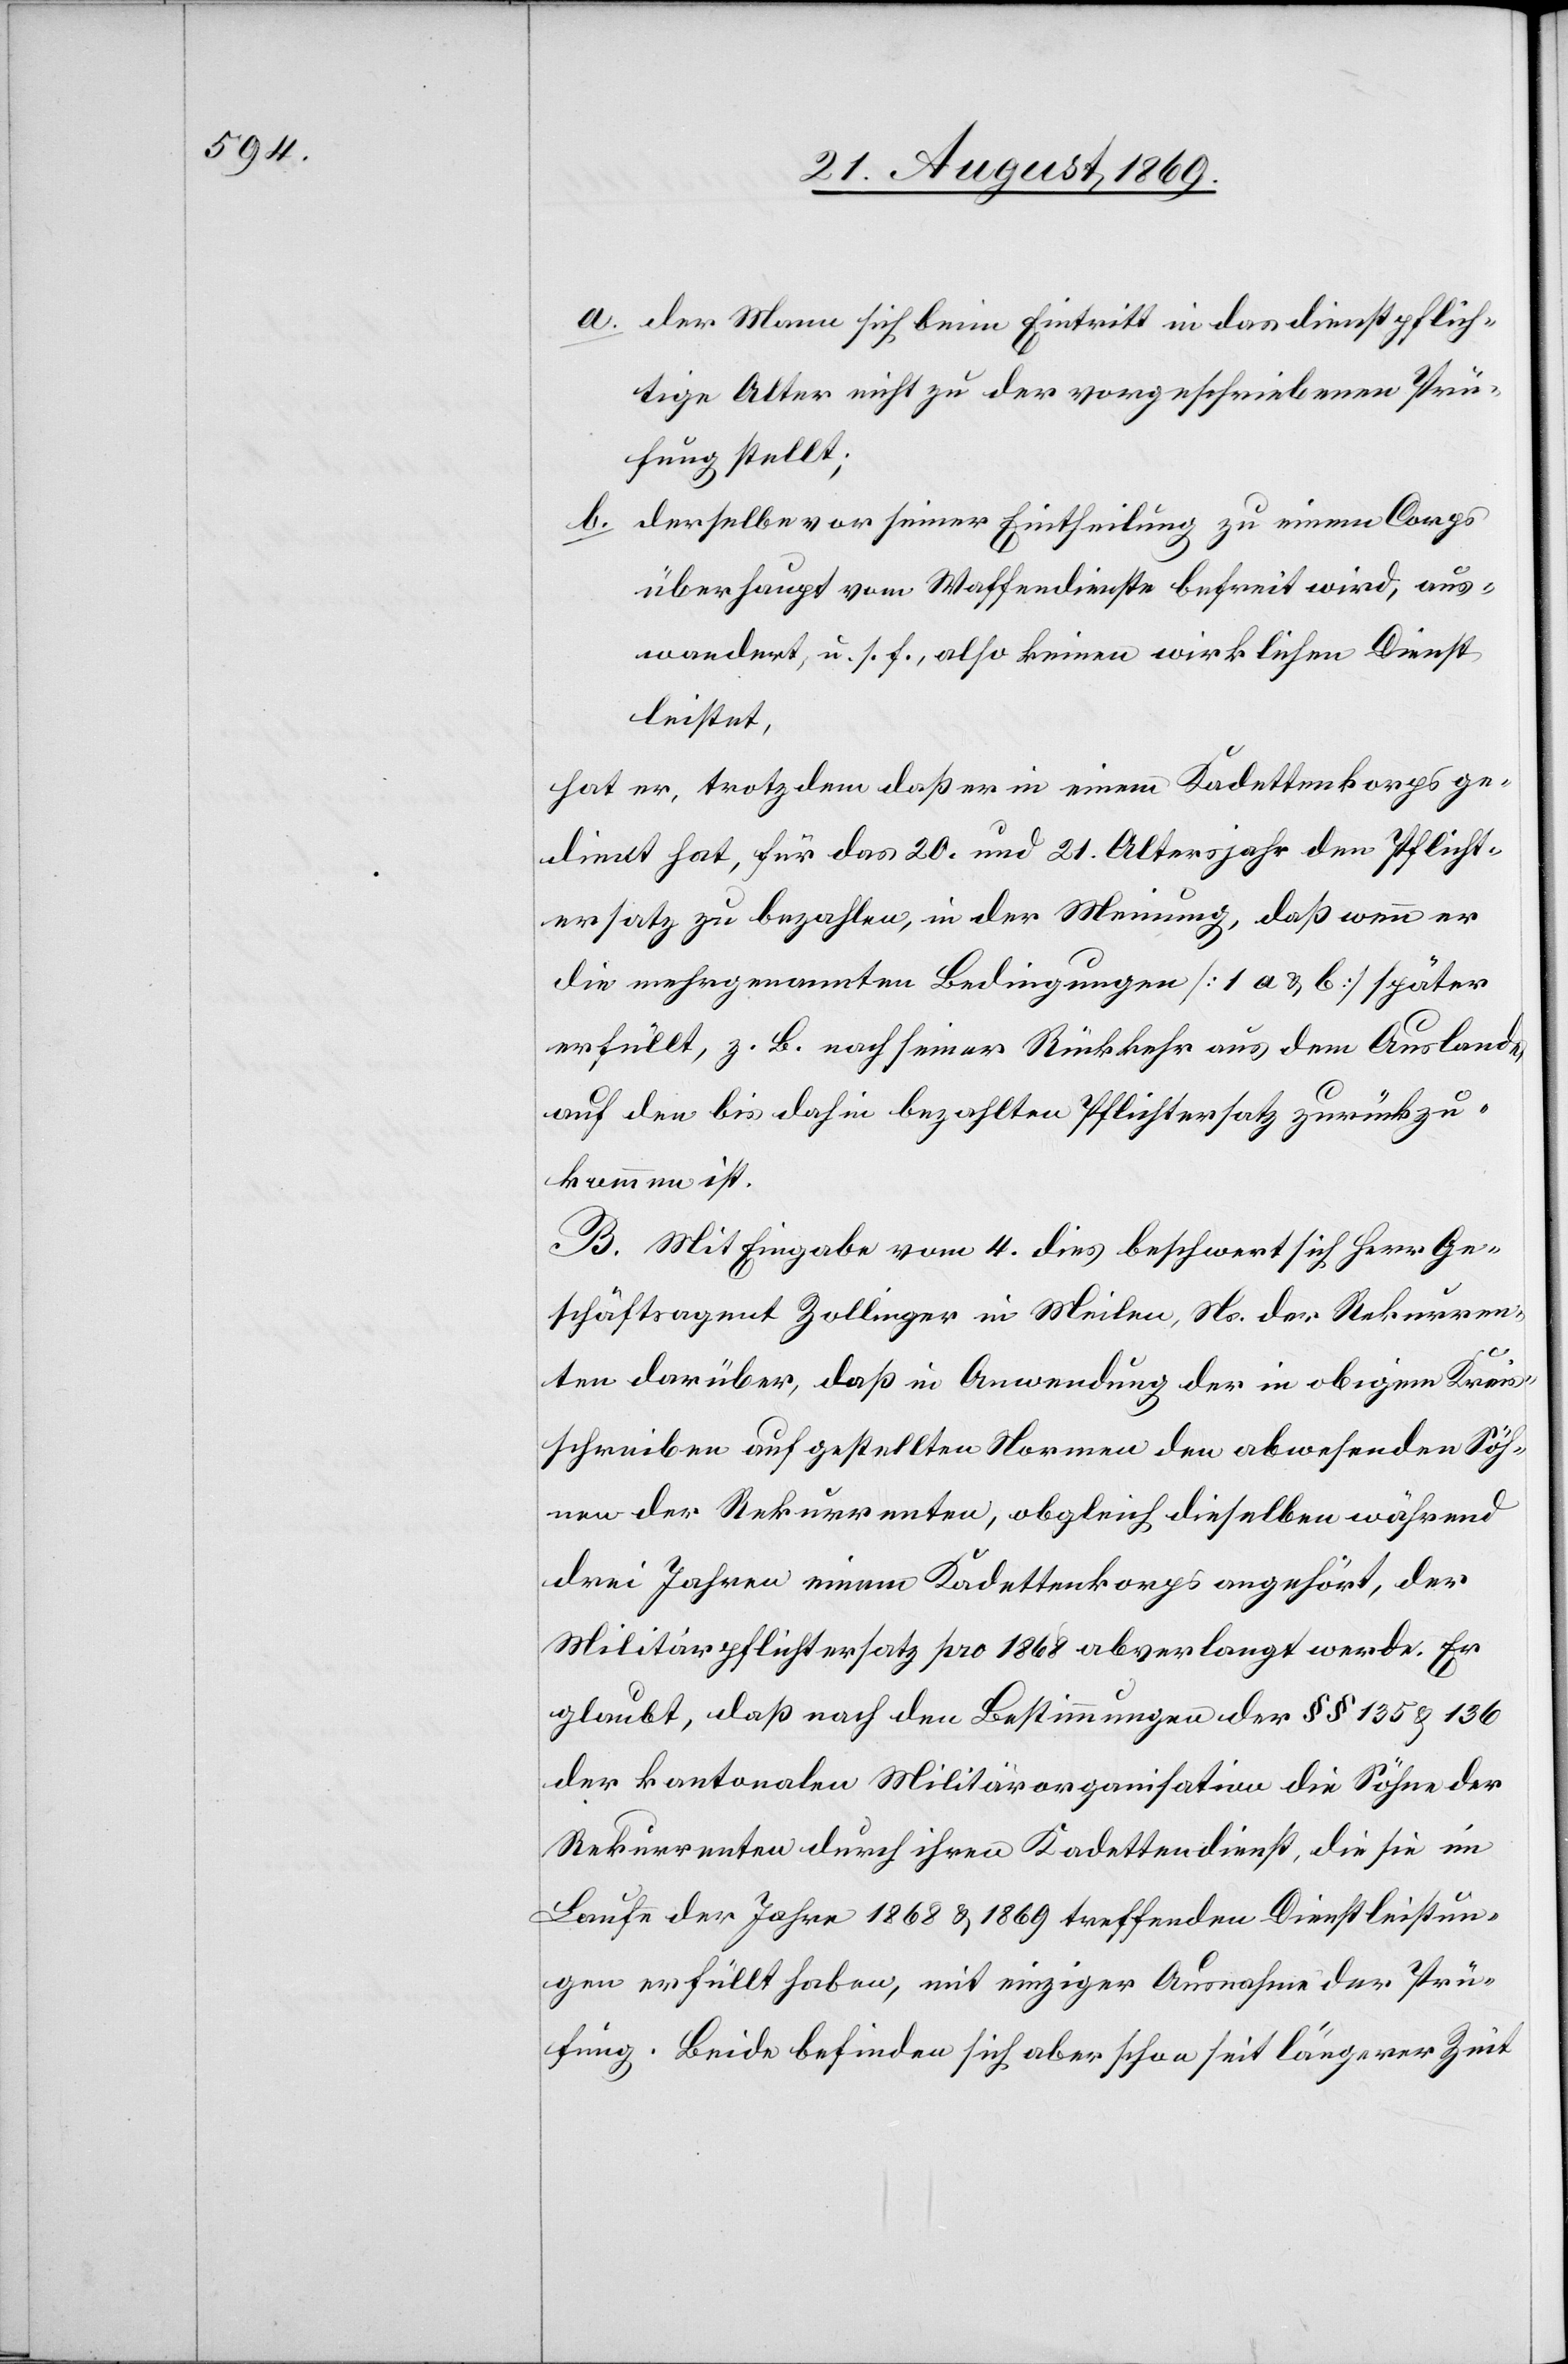
a. der Mann sich beim Eintritt in das dienstpflich¬
tige Alter nicht zu der vorgeschriebenen Prü¬
fung stellt;
b. derselbe vor seiner Eintheilung zu einem Corps
überhaupt vom Waffendienste befreit wird, aus¬
wandert, u. s. f., also keinen wirklichen Dienst
leistet,
hat er, trotzdem daß er in einem Kadettenkorps ge¬
dient hat, für das 20. und 21. Altersjahr den Pflicht¬
ersatz zu bezahlen, in der Meinung, daß wenn er
die mehrgenannten Bedingungen [1 a & b] später
erfüllt, z. B. nach seiner Rückkehr aus dem Auslande
auf den bis dahin bezahlten Pflichtersatz zurückzu¬
kommen ist.
B. Mit Eingabe vom 4. dies beschwert sich Herr Ge¬
schäftsagent Zollinger in Meilen, Ns. der Rekurren¬
ten darüber, daß in Anwendung der in obigem Kreis¬
schreiben aufgestellten Normen den abwesenden Söh¬
nen der Rekurrenten, obgleich dieselben während
drei Jahren einem Kadettenkorps angehört, der
Militärpflichtersatz pro 1868 abverlangt werde. Er
glaubt, daß nach den Bestimmungen der §§ 135 & 136
der kantonalen Militärorganisation die Söhne der
Rekurrenten durch ihren Kadettendienst, die sie im
Laufe der Jahre 1868 & 1869 treffenden Dienstleistun¬
gen erfüllt haben, mit einziger Ausnahme der Prü¬
fung. Beide befinden sich aber schon seit längerer Zeit